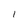
Character: l